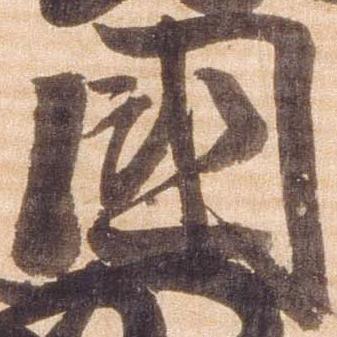
国